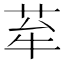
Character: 𦭷